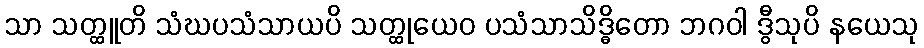
သာ သတ္ထူတိ သံဃပသံသာယပိ သတ္ထုယေဝ ပသံသာသိဒ္ဓိတော ဘဂဝါ ဒွီသုပိ နယေသု